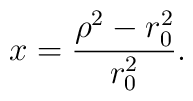
x={{{\rho}^2-r_0^2}\over {r_0^2}}.